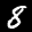
Label: 8